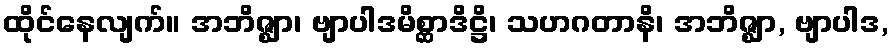
ထိုင်နေလျက်။ အဘိဇ္ဈာ၊ ဗျာပါဒမိစ္ဆာဒိဋ္ဌိ၊ သဟဂတာနိ၊ အဘိဇ္ဈာ, ဗျာပါဒ,